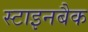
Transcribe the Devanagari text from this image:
स्टाइनबैक